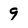
Character: 9